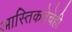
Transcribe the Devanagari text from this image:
आस्तिकतेचेही